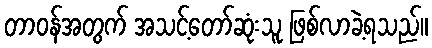
တာဝန်အတွက် အသင့်တော်ဆုံးသူ ဖြစ်လာခဲ့ရသည်။